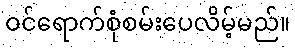
ဝင်ရောက်စုံစမ်းပေလိမ့်မည်။